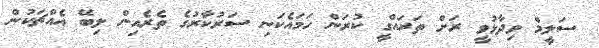
ސަލީމް ވިދާޅުވީ ރަށް ތަރައްގީ ކުރަން ހަމައެކަނި ސަރުކާރުގެ ތެރެއިން ލިބޭ އެއްޗަކުން